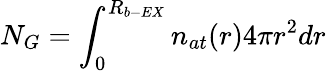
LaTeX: N_{G}=\int_{0}^{R_{b-EX}}n_{at}(r)4\pi r^{2}dr